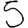
Digit: 5